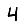
Digit: 4